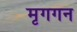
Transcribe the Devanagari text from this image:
मृगगन